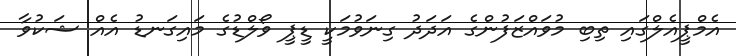
އެމްޕީއެލްގައި ތިބި މުވައްޒަފުންގެ އަދަދު ގިނަވުމަކީ ޑީޕީ ވޯލްޑުގެ މައިގަނޑު އެއް ޝަކުވާ